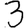
Digit: 3